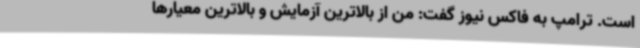
است. ترامپ به فاکس نیوز گفت: من از بالاترین آزمایش و بالاترین معیارها